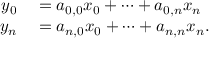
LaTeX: \begin{array} { r l } { y _ { 0 } } & { { } = a _ { 0 , 0 } x _ { 0 } + \dots + a _ { 0 , n } x _ { n } } \\ { y _ { n } } & { { } = a _ { n , 0 } x _ { 0 } + \dots + a _ { n , n } x _ { n } . } \end{array}